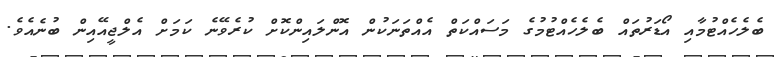
ބެލެހެއްޓުމާއި އޯޑަރުތައް ބެލެހެއްޓުމުގެ މަސައްކަތް އެއްތަނަކުން އޮންލައިންކޮށް ކުރެވޭނެ ކަމަށް އެލްޖީއޭއިން ބުނެއެވެ.